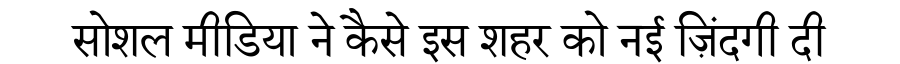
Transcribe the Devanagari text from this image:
सोशल मीडिया ने कैसे इस शहर को नई ज़िंदगी दी